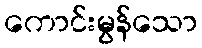
ကောင်းမွန်သော